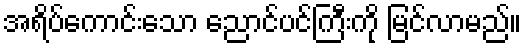
အရိပ်ကောင်းသော ညောင်ပင်ကြီးကို မြင်လာမည်။